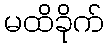
မထိခိုက်